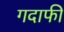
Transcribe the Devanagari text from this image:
गदाफी